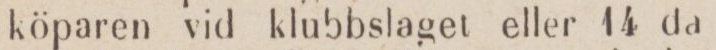
köparen vid klubbslaget eller 14 da